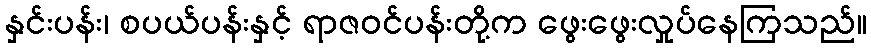
နှင်းပန်း၊ စပယ်ပန်းနှင့် ရာဇဝင်ပန်းတို့က ဖွေးဖွေးလှုပ်နေကြသည်။